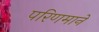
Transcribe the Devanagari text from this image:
परिणमाने